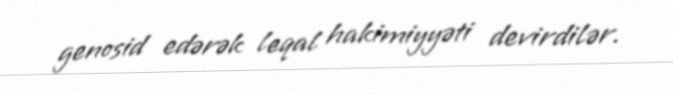
genosid edərək leqal hakimiyyəti devirdilər.